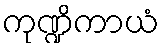
ကုဏ္ဍိကာယံ